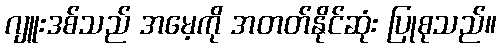
ဂျူးဒစ်သည် အမေ့ကို အတတ်နိုင်ဆုံး ပြုစုသည်။